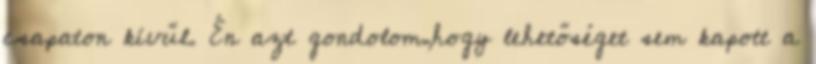
csapaton kívűl. Én azt gondolom,hogy lehetőséget sem kapott a